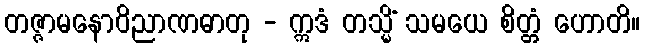
တဇ္ဇာမနောဝိညာဏဓာတု - ဣဒံ တသ္မိံ သမယေ စိတ္တံ ဟောတိ။